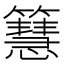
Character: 𥶙